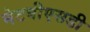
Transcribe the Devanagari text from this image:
नेटबीएसडी